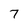
Character: 7